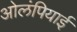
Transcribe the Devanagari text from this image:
ओलंपियाई